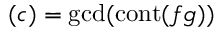
( c ) = \operatorname* { g c d } ( \operatorname { c o n t } ( f g ) )